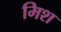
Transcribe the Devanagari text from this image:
मिश